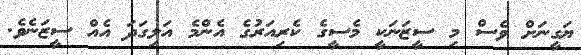
ޔަގީނަށް ވެސް މި ސީޒަނަކީ މެސީގެ ކެރިއަރުގެ އެންމެ އަލިގަދަ އެއް ސީޒަނެވެ.